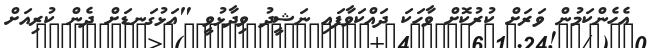
އެހެންކަމުން ވަރަށް ކުރުކޮށް ވާހަކަ ދައްކަވާފައި ނަޝީދު ވިދާޅުވީ "އަޅުގަނޑަށް ދެން ކުރިއަށް